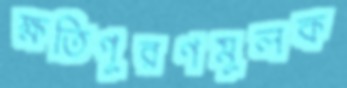
ক্ষতিপূরণমূলক